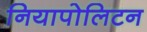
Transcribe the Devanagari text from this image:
नियापोलिटन